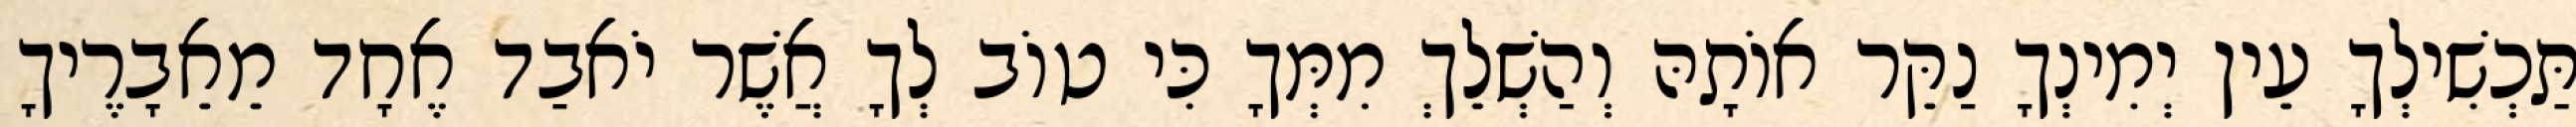
תַּכְשִׁילְךָ עֵין יְמִינְךָ נַקֵּר אוֹתָהּ וְהַשְׁלֵךְ מִמְּךָ כִּי טוֹב לְךָ אֲשֶׁר יֹאבַד אֶחָד מֵאֵבָרֶיךָ